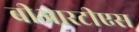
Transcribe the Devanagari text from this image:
बीआरटीएस